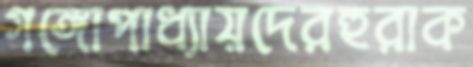
গঙ্গোপাধ্যায়দেরহুরাক